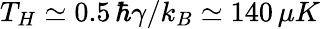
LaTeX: T_{H}\simeq 0.5\, \hbar\gamma/k_{B}\simeq 140\, \mu K